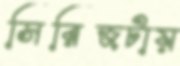
সিরিজটায়